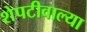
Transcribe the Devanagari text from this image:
शेपटीवाल्या